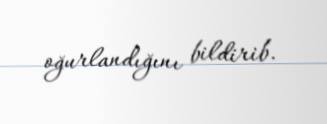
oğurlandığını bildirib.